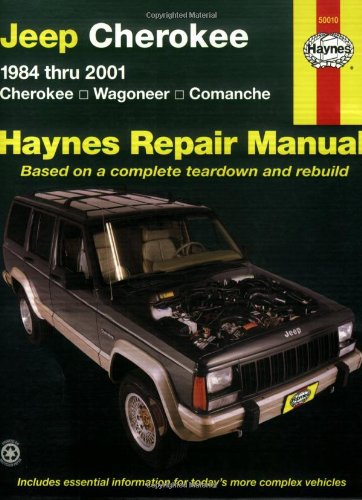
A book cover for Jeep Cherokee: 1984 thru 2001 - Cherokee - Wagoneer - Comanche (Haynes Repair Manuals); Bob Henderson; Engineering & Transportation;